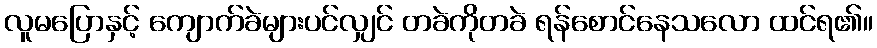
လူမပြောနှင့် ကျောက်ခဲများပင်လျှင် တခဲကိုတခဲ ရန်စောင်နေသလော ထင်ရ၏။